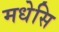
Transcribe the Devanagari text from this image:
मधेसि